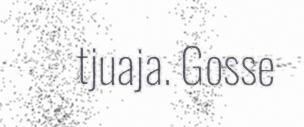
tjuaja. Gosse